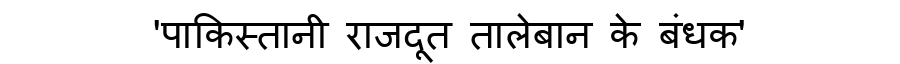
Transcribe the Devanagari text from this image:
'पाकिस्तानी राजदूत तालेबान के बंधक'